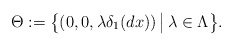
\begin{align*} \Theta:=\big\{(0,0,\lambda \delta_{1}(dx)) \, \big| \, \lambda \in \Lambda \big\}. \end{align*}